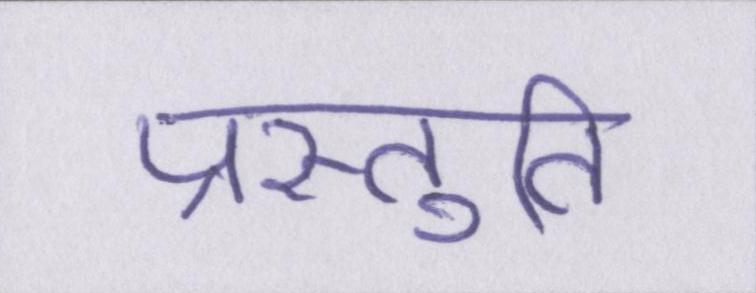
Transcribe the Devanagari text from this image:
प्रस्तुति